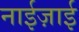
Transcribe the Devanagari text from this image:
नाईज़ाई